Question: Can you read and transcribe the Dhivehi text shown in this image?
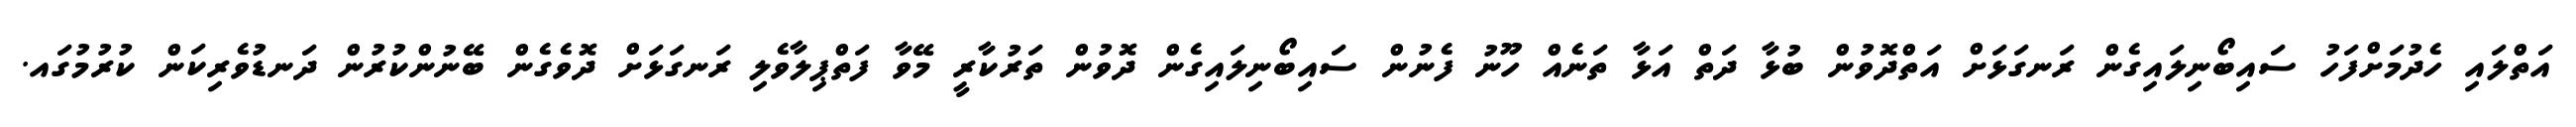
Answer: އަތްލައި ހެދުމަށްފަހު ސައިބޯނިލައިގެން ރަނގަޅަށް އަތްދޮވުން ބުޅާ ދަތް އަޅާ ތަނެއް ހޫނު ފެނުން ސައިބޯނިލައިގެން ދޮވުން ތަރުކާރީ މޭވާ ފަތްޕިލާވެލި ރަނގަޅަށް ދޮވެގެން ބޭނުންކުރުން ދަނޑުވެރިކަން ކުރުމުގައ.